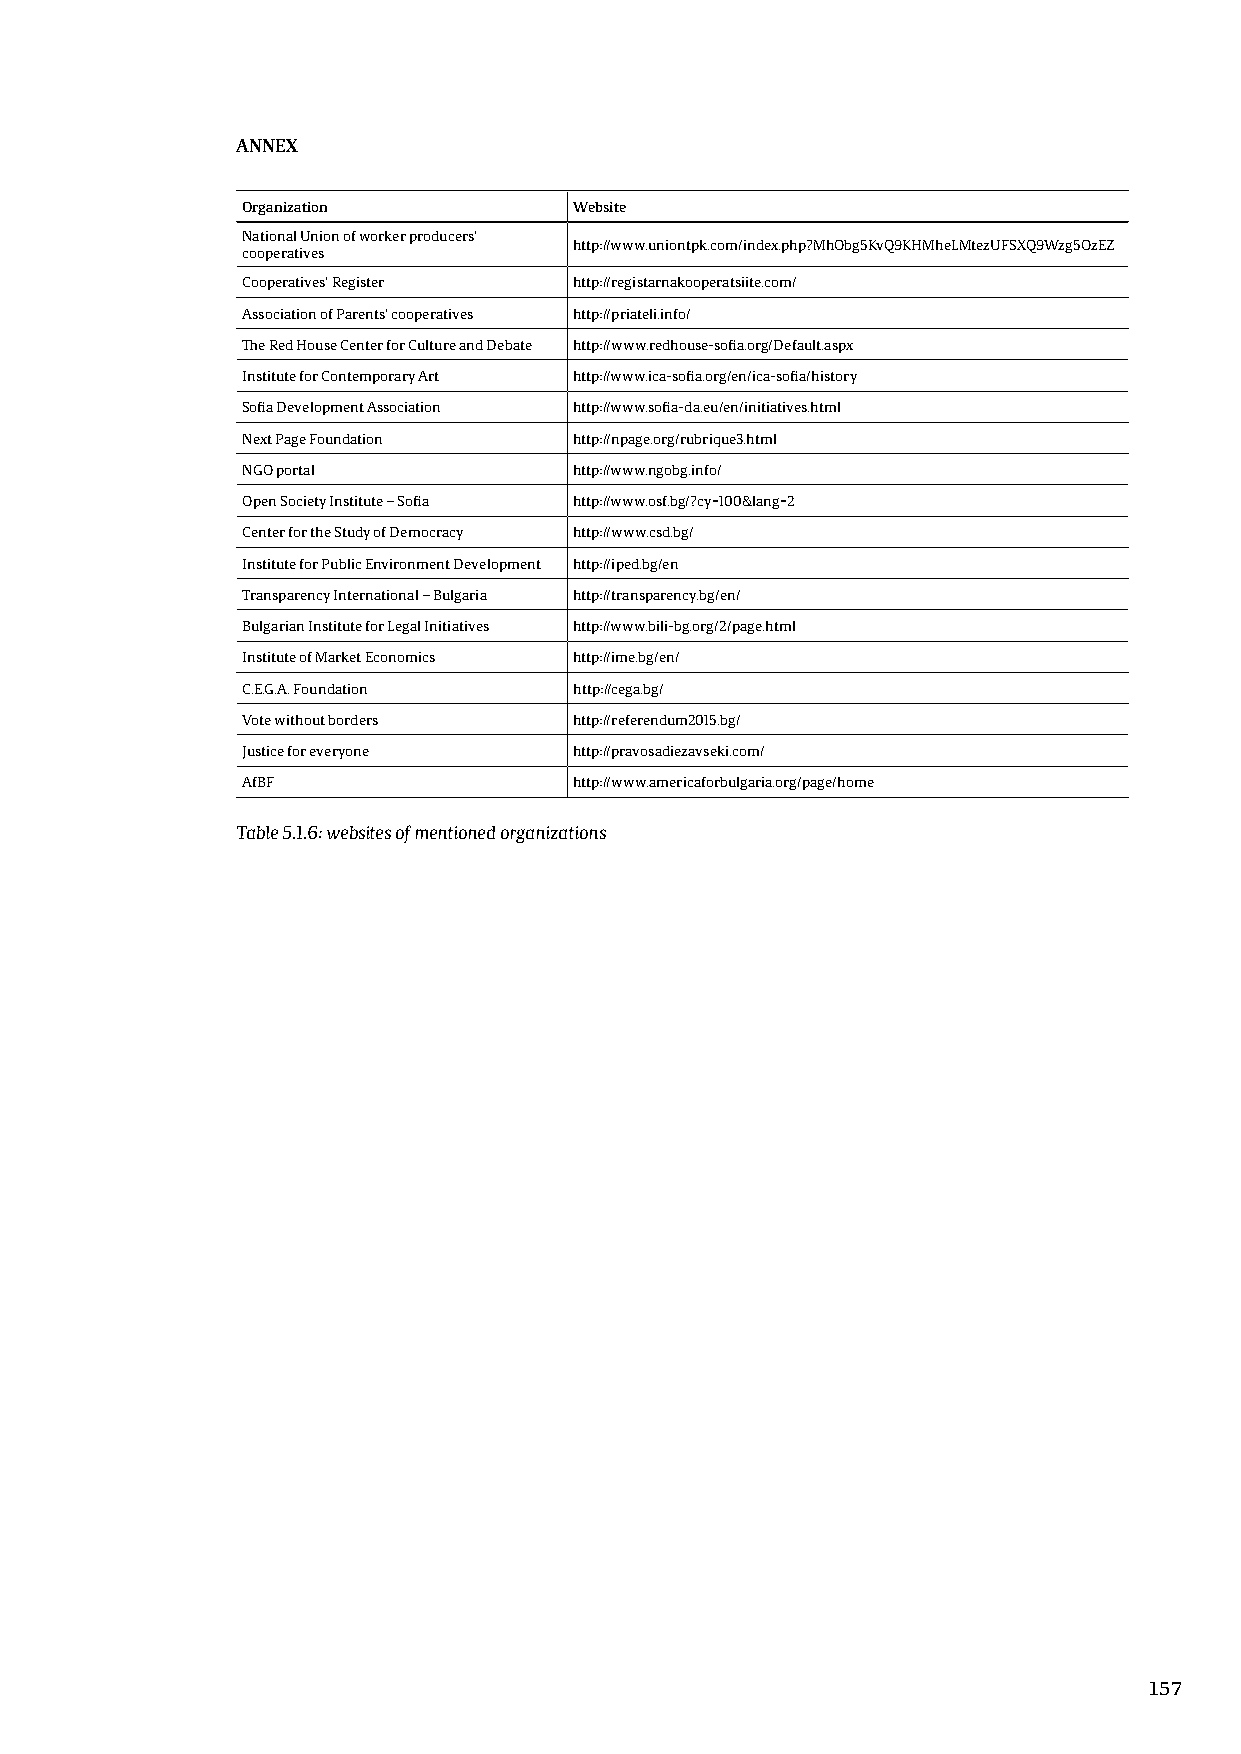
ANNEX
 Organization          Website
 National Union of worker producers’
 http://www.uniontpk.com/index.php?MhObg5KvQ9KHMheLMtezUFSXQ9Wzg5OzEZ
 cooperatives
 Cooperatives’ Register http://registarnakooperatsiite.com/
 Association of Parents‘ cooperatives http://priateli.info/
 The Red House Center for Culture and Debate http://www.redhouse-sofia.org/Default.aspx
 Institute for Contemporary Art http://www.ica-sofia.org/en/ica-sofia/history
 Sofia Development Association http://www.sofia-da.eu/en/initiatives.html
 Next Page Foundation  http://npage.org/rubrique3.html
 NGO portal            http://www.ngobg.info/
 Open Society Institute – Sofia http://www.osf.bg/?cy=100&lang=2
 Center for the Study of Democracy http://www.csd.bg/
 Institute for Public Environment Development http://iped.bg/en
 Transparency International – Bulgaria http://transparency.bg/en/
 Bulgarian Institute for Legal Initiatives http://www.bili-bg.org/2/page.html
 Institute of Market Economics http://ime.bg/en/
 C.E.G.A. Foundation   http://cega.bg/
 Vote without borders  http://referendum2015.bg/
 Justice for everyone  http://pravosadiezavseki.com/
 AfBF                  http://www.americaforbulgaria.org/page/home
 Table 5.1.6: websites of mentioned organizations
 157